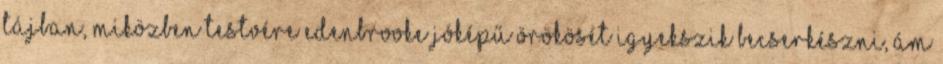
tájban, miközben testvére Edenbrooke jóképű örökösét igyekszik becserkészni, ám